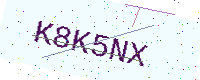
Text: K8K5NX